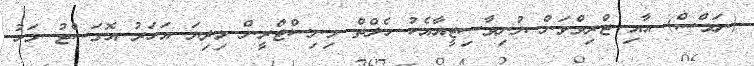
(ނަމްސް) އާއި ޓްރިވްވަން ޔުނިވާސިޓީއާއެކު ހެލްތް މިނިސްޓްރީން މިދިޔަ އަހަރު އޮގަސްޓު މަހު